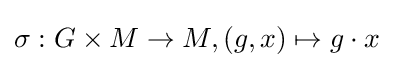
\sigma :G\times M\to M,(g,x)\mapsto g\cdot x